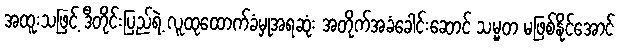
အထူးသဖြင့် ဒီတိုင်းပြည်ရဲ့ လူထုထောက်ခံမှုအရဆုံး အတိုက်အခံခေါင်းဆောင် သမ္မတ မဖြစ်နိုင်အောင်